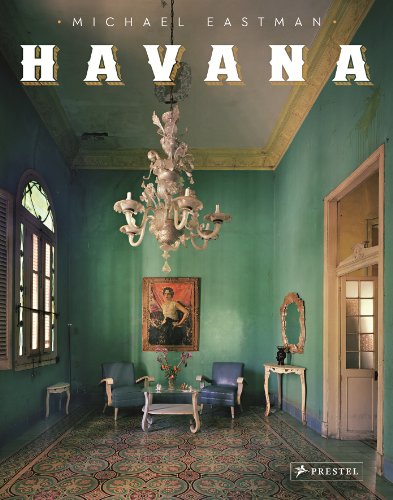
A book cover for Havana; Michael Eastman; Travel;